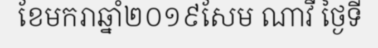
ខែមករាឆ្នាំ២០១៩សែម ណាវី ថ្ងៃទី